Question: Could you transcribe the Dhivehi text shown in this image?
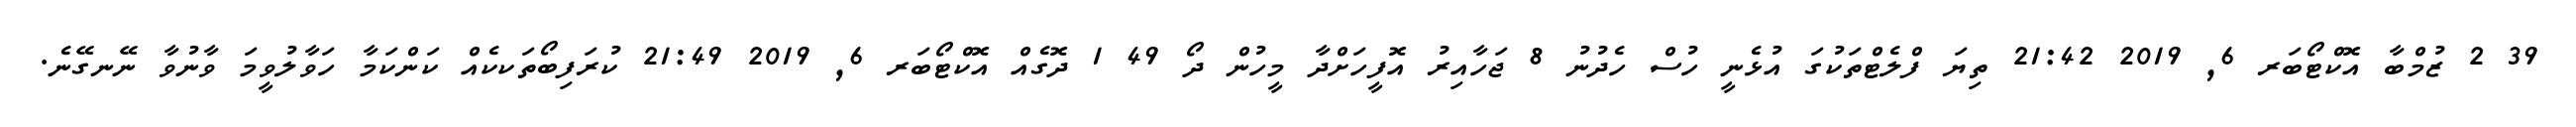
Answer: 39 2 ޒުމްބާ އޮކްޓޯބަރ 6, 2019 21:42 ތިޔަ ފްލެޓްތަކުގަ އުޅެނީ ހުސް ހެދުނު 8 ޖަހާއިރު އޮފީހަށްދާ މީހުން ދޯ 49 1 ދޮގެއް އޮކްޓޯބަރ 6, 2019 21:49 ކުރަފިބޯތަކކެއް ކަންކަމާ ހަވާލުވީމަ ވާނުވާ ނޭނގޭނެ.